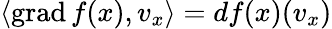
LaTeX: \langle\operatorname{grad}f(x),v_{x}\rangle=df(x)(v_{x})